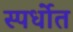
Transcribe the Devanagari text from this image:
स्पर्धाेत